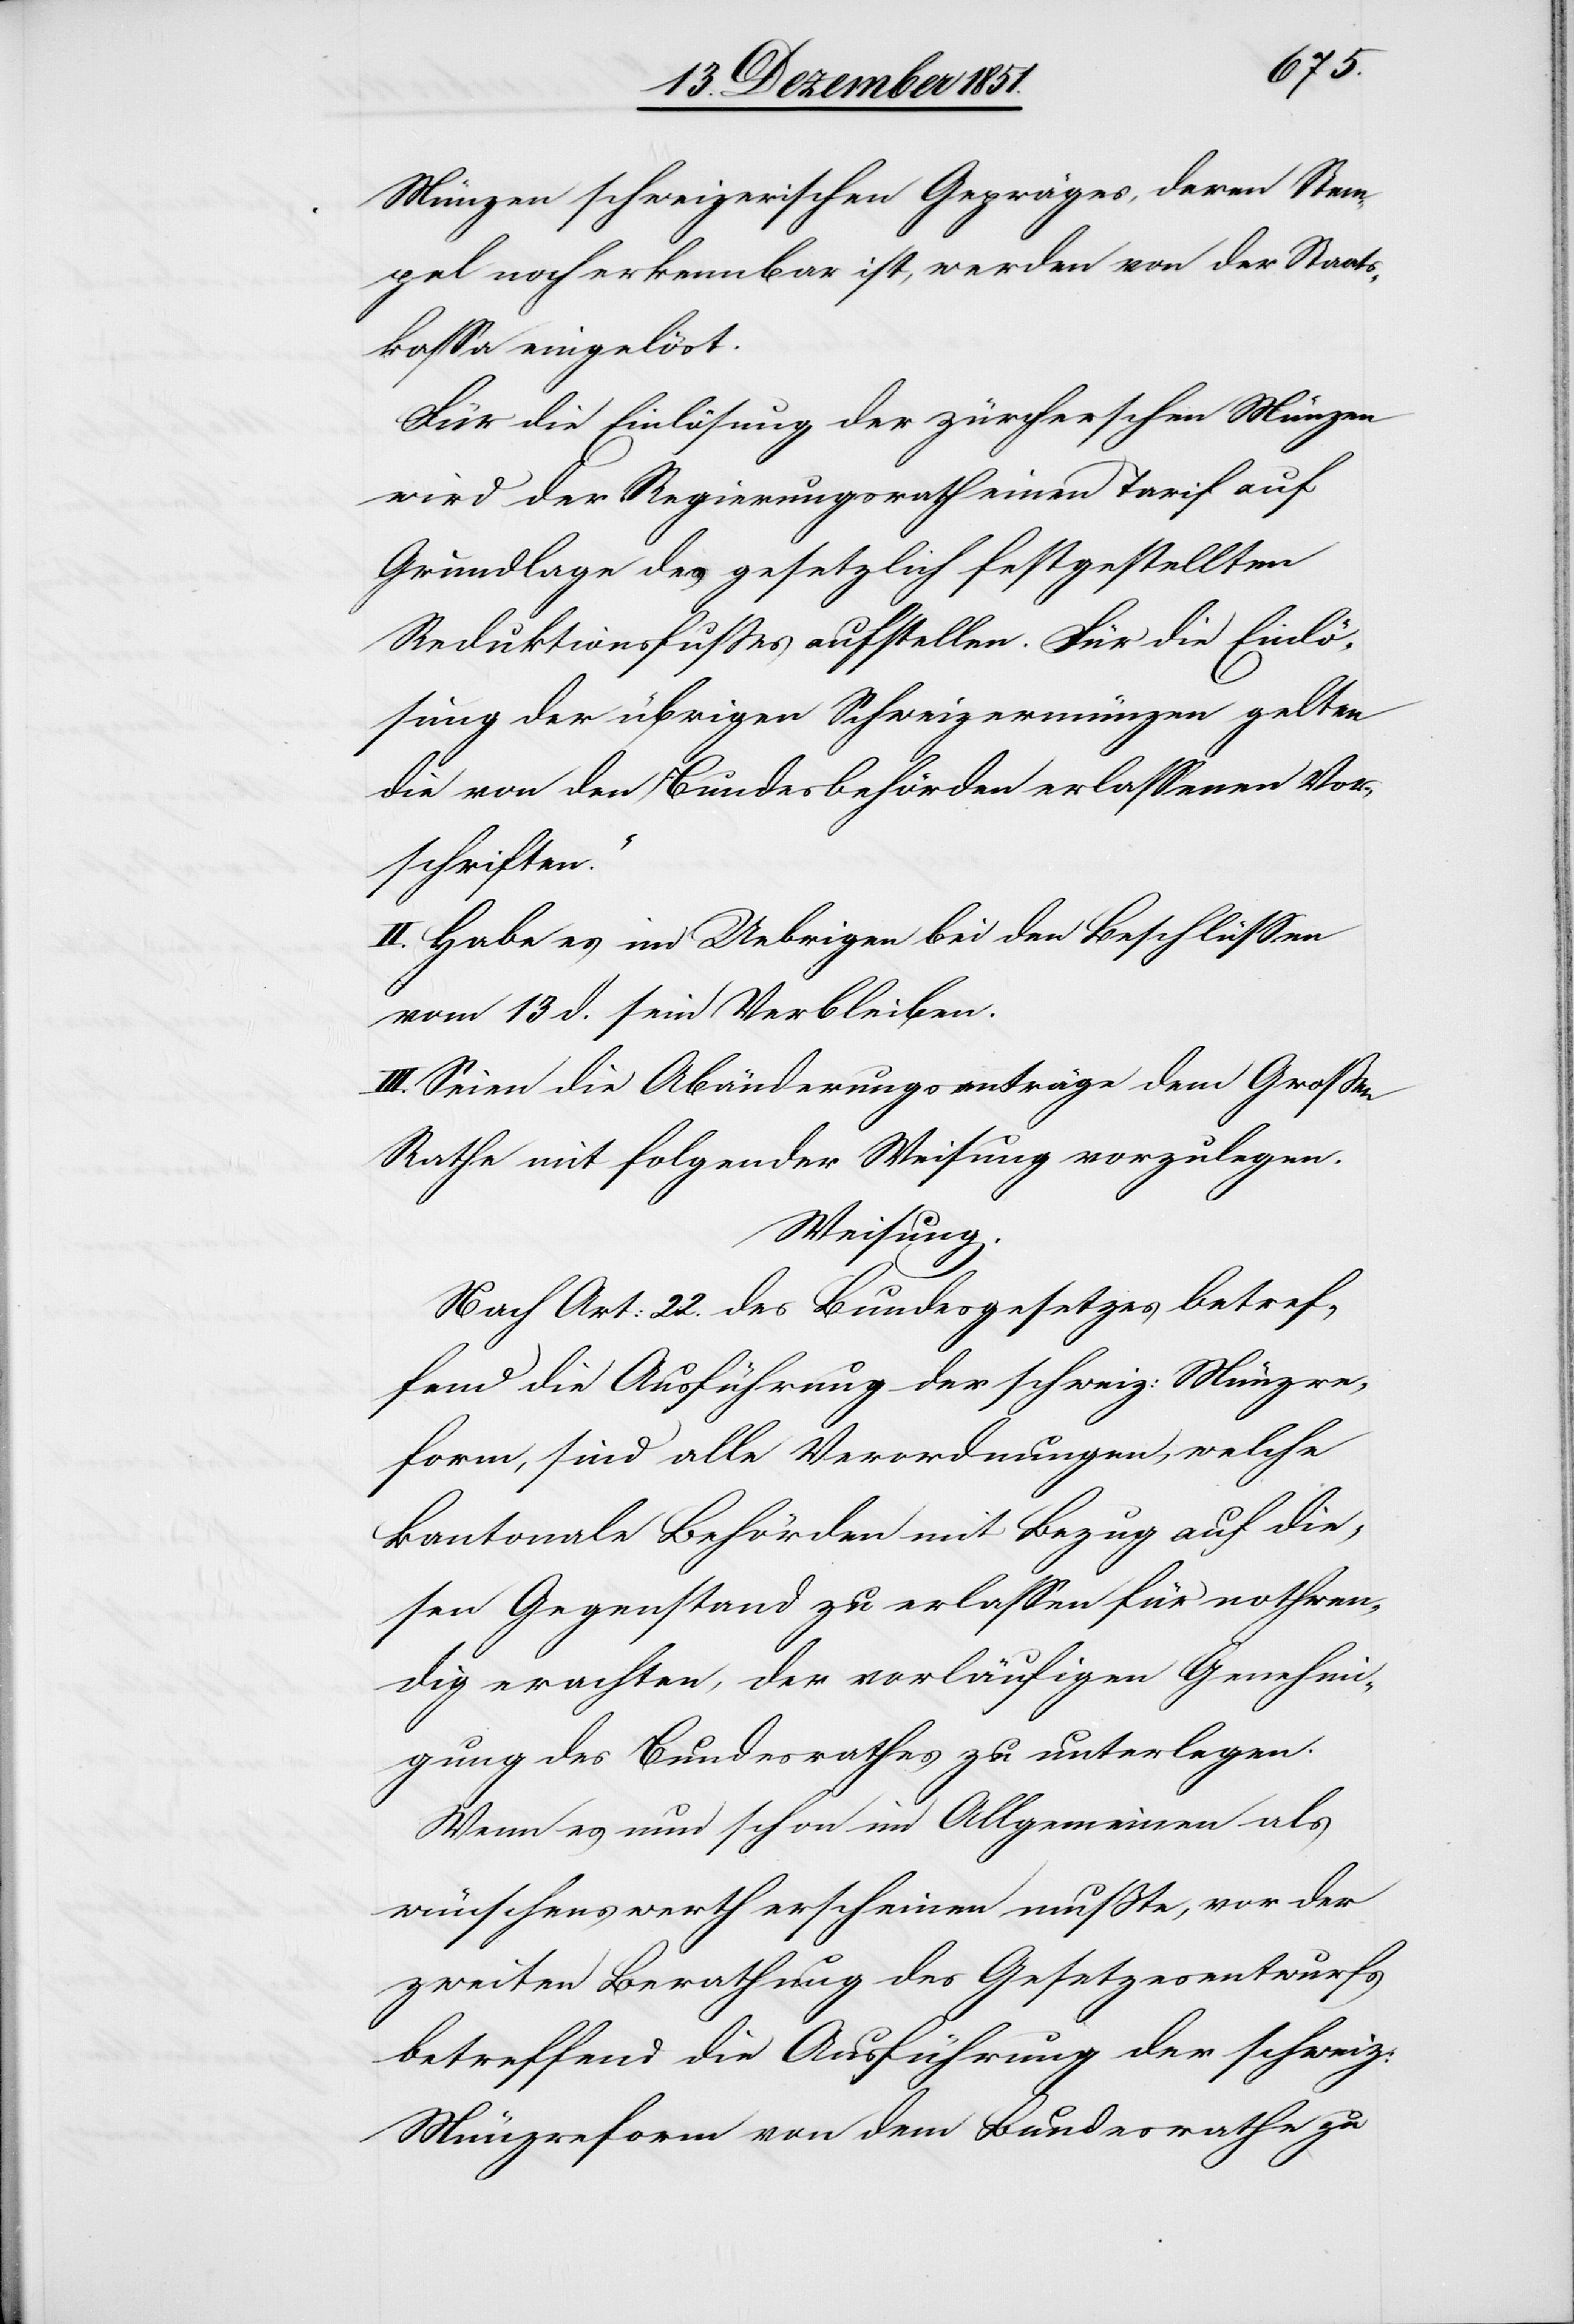
Münzen schweizerischen Gepräges, deren Stem¬
pel noch erkennbar ist, werden von der Staats¬
kassa eingelöst.
Für die Einlösung der zürcherschen Münzen
wird der Regierungsrath einen Tarif auf
Grundlage des gesetzlich festgestellten
Reduktionsfusses aufstellen. Für die Einlö¬
sung der übrigen Schweizermünzen gelten
die von den Bundesbehörden erlassenen Vor¬
schriften.“
II. Habe es im Uebrigen bei den Beschlüssen
vom 13 d. sein Verbleiben.
III. Seien die Abänderungsanträge dem Großen
Rathe mit folgender Weisung vorzulegen.
Weisung.
Nach Art: 22. des Bundesgesetzes betref¬
fend die Ausführung der schweiz: Münzre¬
form, sind alle Verordnungen, welche
kantonale Behörden mit Bezug auf die¬
sen Gegenstand zu erlassen für nothwen¬
dig erachten, der vorläufigen Genehmi¬
gung des Bundesrathes zu unterlegen.
Wenn es nun schon im Allgemeinen als
wünschenswerth erscheinen mußte, vor der
zweiten Berathung des Gesetzesentwurfs
betreffend die Ausführung der schweiz:
Münzreform von dem Bundesrathe zu